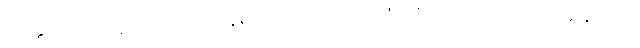
သတ္တလောက၌အကျုံးဝင်ကုန်၍။ သံသာရသောတံ၊ သံသရာအယဉ်သို့။ အနုဂတာ၊